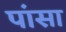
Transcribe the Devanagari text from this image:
पांसा